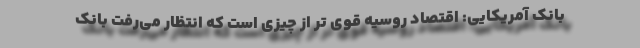
بانک آمریکایی: اقتصاد روسیه قوی تر از چیزی است که انتظار می‌رفت بانک